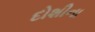
દોશીના